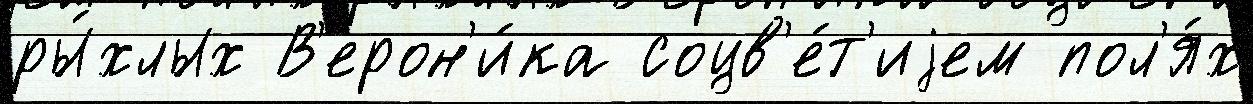
ры́хлых В'ерон'и́ка соцв'е́т'иjем пол'я́х